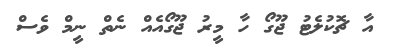
އާ ޗޮކުލެޓު ޖޫގޯ ހާ މީރު ޖޫގޯއެއް ނެތް ނީމް ވެސް